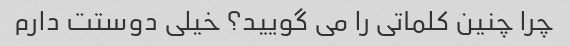
چرا چنین کلماتی را می گویید؟ خیلی دوستت دارم